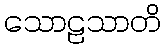
သောဠသာတိ